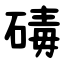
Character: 碡